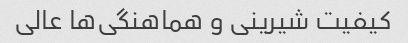
کیفیت شیرینی و هماهنگی‌ها عالی